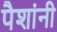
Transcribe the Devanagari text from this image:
पैशांनी